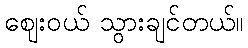
ဈေးဝယ် သွားချင်တယ်။